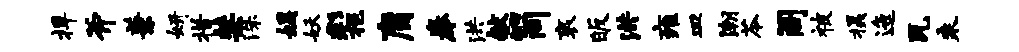
捍斧兼妍措禁洙娱妖彩挹庸拳洪献简衮皈洪雍皿潮苓阁被摄迤瓦乘